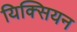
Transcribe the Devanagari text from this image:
यिक्सियन